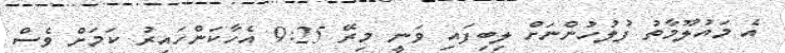
އެ މައުލޫމާތު ފުލުހުންނަށް ލިބިފައި ވަނީ މިރޭ 9:25 އެހާކަންހައިރު ކަމަށް ވެސް